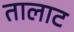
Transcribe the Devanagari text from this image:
तालाट